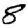
Digit: 8